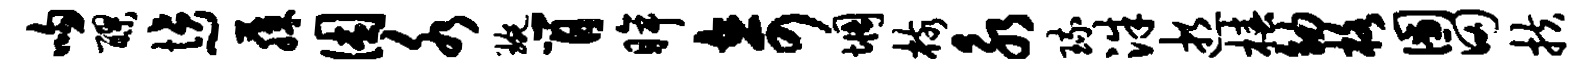
吻醪愤~藤困水琬肖眸奇惆核永琉洙逝椿幼格圃田扶